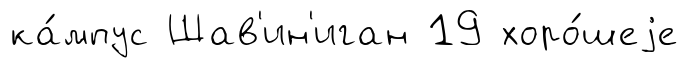
ка́мпус Шав'ин'иган 19 хоро́шеjе